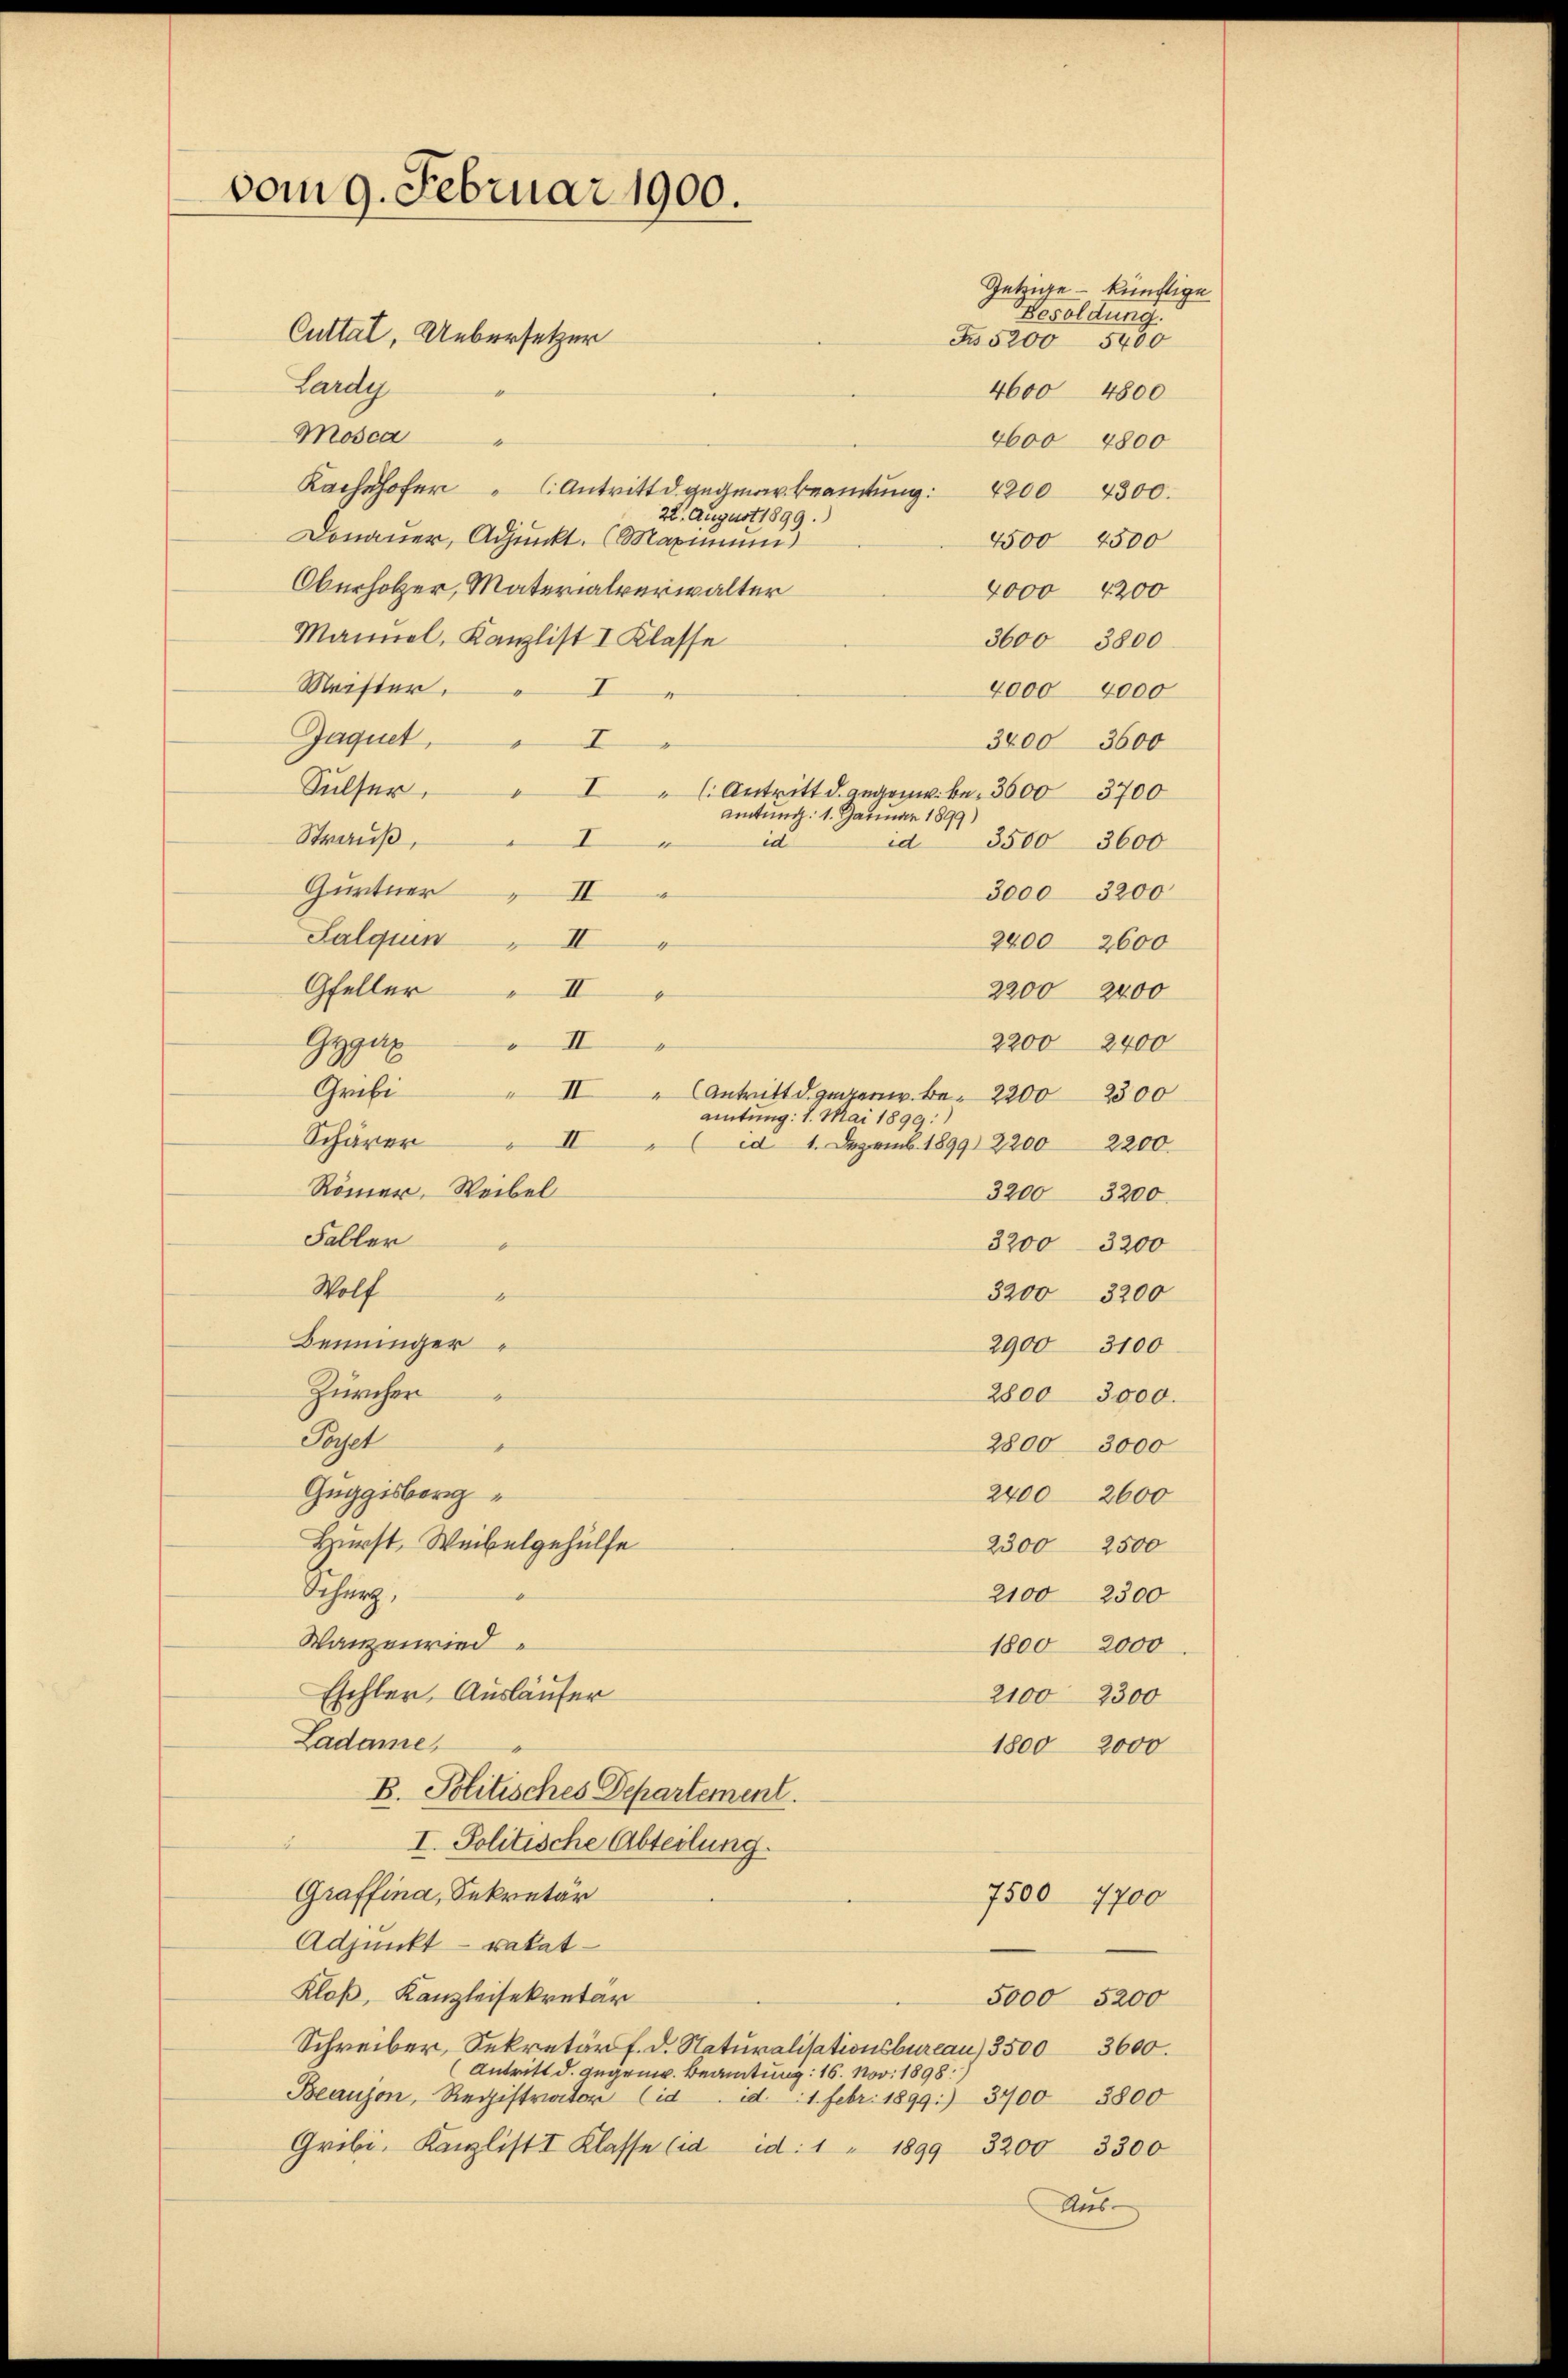
vom 9. Februar 1900.
Cuttal, Uebersetzer
Lardy

Amtung: 1. Januar 1899
in

II " Antritt d. gegen. Be. 22002300
amtung: 1. Mai 1899:
" ad 1. Dezemb. 1899 2200 2200.

Gütrige – künftige
Besoldung.

F 5200 5400
4600 4800
Mosca
4600 4800
Kachher Antritt d. gegen Beamtŭng. 42004300.
22. August 1899.
Donauer, Adjunkt. (Maximum
4500 4500
Oberholzer, Materialverwalter
4000 4200
Mannel, Kanzlist I Klasse
3600 3800
Meister,
4000 4000
I
Jaquet,
3400 3600
Sulser,
I
" Antritt d. gegenw. kn. 3600
3700
Strauß,
V
id 3500 3600
Gurtner II
3000 3200
Salquin II
2400 2600
Gfeller " II
2200 2400
GgII
2200 2400
Gribi
Schärer II
Römer, Weibel
3200 3200.
Faller
3200 - 3200
Wolf
3200 3200
Beninger
2900 3100
Zürcher
2800 3000.
Sept
2800 3000
Guggisberg
2400 2600
Brieft, Weibelgehülfe
2300 2500
Schanz.
2100 2300
Wanzenried
1800 2000
Eschler, Ausläufer
2100 2300
Ladame,
1800 2000
B. Politisches Departement.
u
I. Politische Abteilung.
Graffina, Sekretär
7500 7700
Adjunkt – ratat¬
Kloß, Kanzleisekretär
5000 5200
Schreiber, Sekretär f. d. Naturalitationsbureau, 3500 3600.
Antritt d. Augen. Beamtung: 16. Nov. 1898.
Beausen, Registrator (id. d. 1. Febr. 1899. 3400 3800
Gribi, Kanzlist I Klasse Eid d. 1 " 1899 3200 3300
Aus-